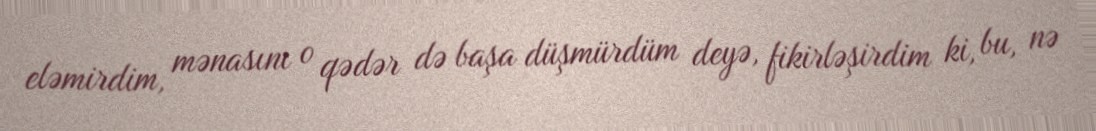
eləmirdim, mənasını o qədər də başa düşmürdüm deyə, fikirləşirdim ki, bu, nə